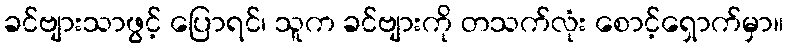
ခင်ဗျားသာဖွင့် ပြောရင်၊ သူက ခင်ဗျားကို တသက်လုံး စောင့်ရှောက်မှာ။